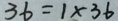
3 6 = 1 \times 3 6